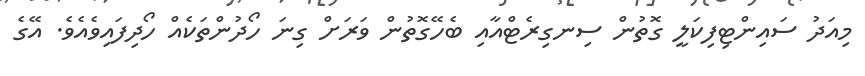
މިއަދު ސައިންޓިފިކަލީ ގޮތުން ސިނގިރެޓްއާއި ބެހޭގޮތުން ވަރަށް ގިނަ ހޯދުންތަކެއް ހޯދިފައިވެއެވެ. އޭގެ